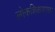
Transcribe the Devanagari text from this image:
लोकशिक्षणाचा